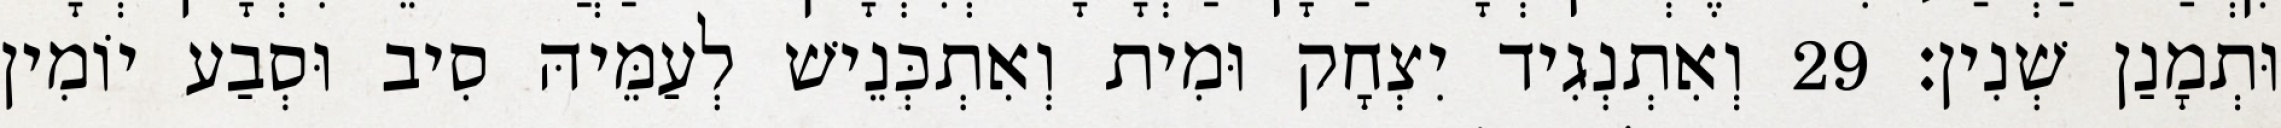
וּתְמָנַן שְׁנִין׃ 29 וְאִתְנְגִיד יִצְחָק וּמִית וְאִתְכְּנֵישׁ לְעַמֵּיהּ סִיב וּסְבַע יוֹמִין